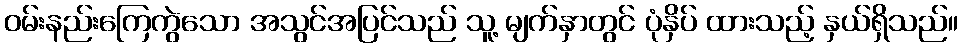
ဝမ်းနည်းကြေကွဲသော အသွင်အပြင်သည် သူ့ မျက်နှာတွင် ပုံနှိပ် ထားသည့် နှယ်ရှိသည်။